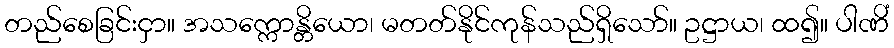
တည်စေခြင်းငှာ။ အသက္ကောန္တိယော၊ မတတ်နိုင်ကုန်သည်ရှိသော်။ ဥဋ္ဌာယ၊ ထ၍။ ပါဏိံ